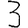
Digit: 3